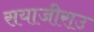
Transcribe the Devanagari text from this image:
सयाजीराउ